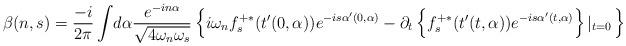
LaTeX: \begin{align*}\beta(n,s)=\frac{-i}{2\pi}\int\! d\alpha\frac{e^{-in\alpha}}{\sqrt{4\omega_n\omega_s}}\left\{ i\omega_n f_s^{+\ast}(t'(0,\alpha))e^{-is\alpha'(0,\alpha)}-\partial_t\left\{f_s^{+ \ast}(t'(t,\alpha))e^{-is\alpha'(t,\alpha)} \right\}\left|_{t=0}\right.\right\}\end{align*}